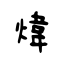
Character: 煒